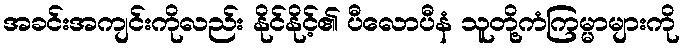
အခင်းအကျင်းကိုလည်း နိုင်နိုင့်၏ ပီလောပီနံ သူတို့ကံကြမ္မာများကို